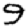
Digit: 9